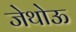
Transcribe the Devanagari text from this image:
जेथोऊ